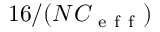
1 6 / ( N C _ { \mathrm { ~ e ~ f ~ f ~ } } )